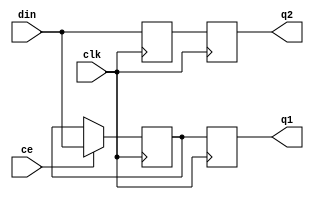
module oh_iddr #(parameter DW      = 1 // width of data inputs
		 )
   (
    input 		clk, // clock
    input 		ce, // clock enable, set to high to clock in data
    input [DW-1:0] 	din, // data input sampled on both edges of clock
    output reg [DW-1:0] q1, // iddr rising edge sampled data
    output reg [DW-1:0] q2   // iddr falling edge sampled data
    );
   
   //regs("sl"=stable low, "sh"=stable high)
   reg [DW-1:0]     q1_sl;
   reg [DW-1:0]     q2_sh;
   
   // rising edge sample
   always @ (posedge clk)
     if(ce)
       q1_sl[DW-1:0] <= din[DW-1:0];
   
   // falling edge sample
   always @ (negedge clk)
     q2_sh[DW-1:0] <= din[DW-1:0];
   
   // pipeline for alignment
   always @ (posedge clk)
     begin
	q1[DW-1:0] <= q1_sl[DW-1:0];
	q2[DW-1:0] <= q2_sh[DW-1:0];
     end
            
endmodule